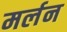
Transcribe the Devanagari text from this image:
मर्लन